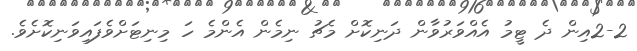
2-2އިން ދެ ޓީމު އެއްވަރުވާން ދަނިކޮށް މެޗު ނިމެން އެންމެ ހަ މިނިޓަށްވެފައިވަނިކޮށެވެ.